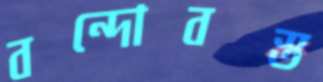
বন্দোবস্ত